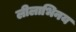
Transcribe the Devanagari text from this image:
लीलाभिनय